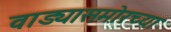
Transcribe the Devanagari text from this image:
वाड्यासमोरच्या